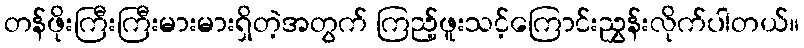
တန်ဖိုးကြီးကြီးမားမားရှိတဲ့အတွက် ကြည့်ဖူးသင့်ကြောင်းညွှန်းလိုက်ပါတယ်။